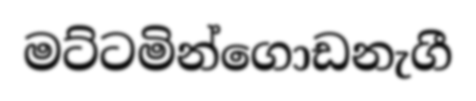
මට්ටමින්ගොඩනැගී